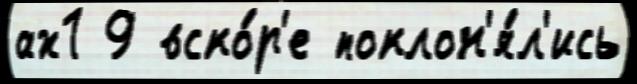
ах1 9 вско́р'е поклон'я́л'ись